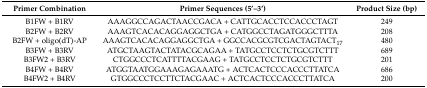
<table><thead><tr><td><b>Primer Combination</b></td><td><b>Primer Sequences (5’–3’)</b></td><td><b>Product Size (bp)</b></td></tr></thead><tbody><tr><td>B1FW + B1RV</td><td>AAAGGCCAGACTAACCGACA + CATTGCACCTCCACCCTAGT</td><td>249</td></tr><tr><td>B2FW + B2RV</td><td>AAAGTCACACAGGAGGCTGA + CATGGCCTAGATGGGCTTTA</td><td>208</td></tr><tr><td>B2FW + oligo(dT)-AP</td><td>AAAGTCACACAGGAGGCTGA + GGCCACGCGTCGACTAGTACT<sub>17</sub></td><td>480</td></tr><tr><td>B3FW + B3RV</td><td>ATGCTAAGTACTATACGCAGAA + TATGCCTCCTCTGCGTCTTT</td><td>689</td></tr><tr><td>B3FW2 + B3RV</td><td>CTGGCCCTCATTTTACGAAG + TATGCCTCCTCTGCGTCTTT</td><td>201</td></tr><tr><td>B4FW + B4RV</td><td>ATGGTAATGGAAAGAGAAATG + ACTCACTCCCACCCTTATCA</td><td>686</td></tr><tr><td>B4FW2 + B4RV</td><td>GTGGCCCTCCTTCTACGAAC + ACTCACTCCCACCCTTATCA</td><td>200</td></tr></tbody></table>